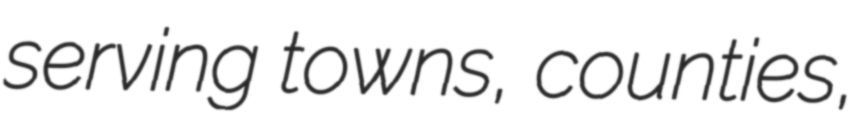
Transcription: serving towns, counties,